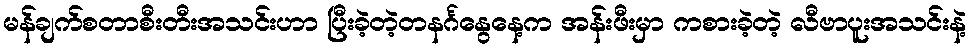
မန်ချက်စတာစီးတီးအသင်းဟာ ပြီးခဲ့တဲ့တနင်္ဂနွေနေ့က အန်းဖီးမှာ ကစားခဲ့တဲ့ လီဗာပူးအသင်းနဲ့